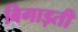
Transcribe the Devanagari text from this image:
बिगाड़ती